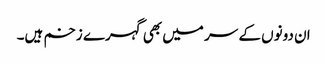
ان دونوں کے سر میں بھی گہرے زخم ہیں۔